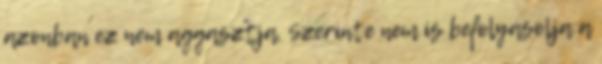
azonban ez nem aggasztja. Szerinte nem is befolyásolja a